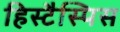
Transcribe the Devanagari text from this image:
हिस्टैस्पिस